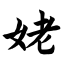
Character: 姥